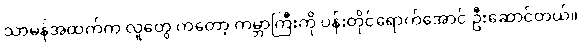
သာမန်အထက်က လူတွေ ကတော့ ကမ္ဘာကြီးကို ပန်းတိုင်ရောက်အောင် ဦးဆောင်တယ်။